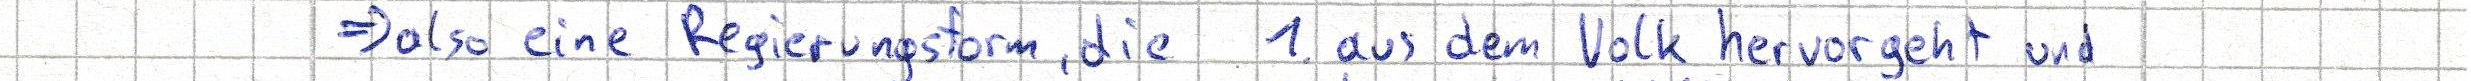
=> also eine Regierungsform, die 1. aus dem Volk hervorgeht und